Report on lock hospitals in British Burma
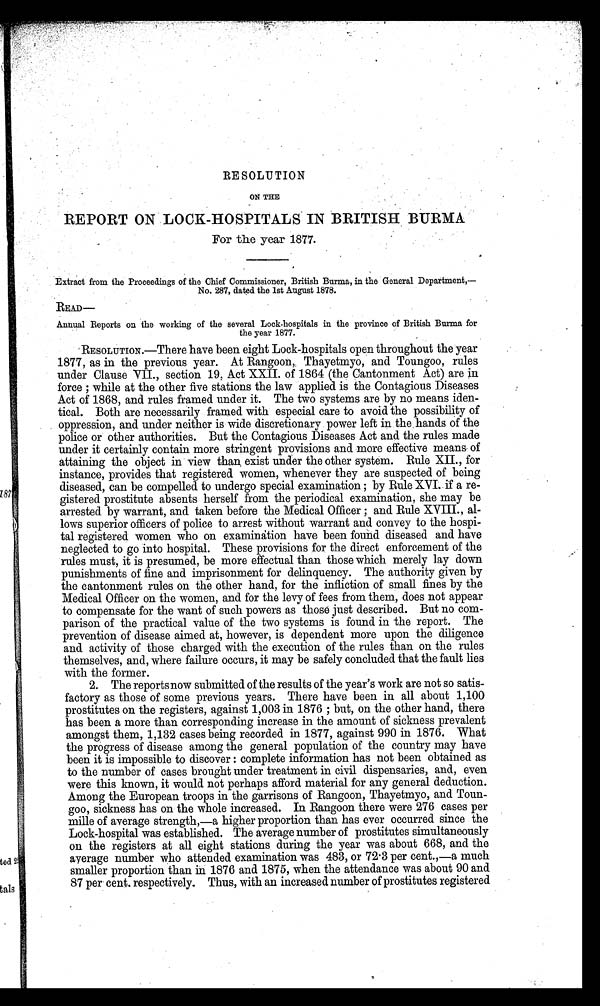
RESOLUTION
ON THE
REPORT ON LOCK-HOSPITALS IN BRITISH BURMA
For the year 1877.
Extract from the Proceedings of the Chief Commissioner, British Burma, in the General Department,—
No. 287, dated the 1st August 1878.
READ
—
Annual Reports on the working of the several Lock-hospitals in the province of British Burma for
the year 1877.
RESOLUTION.—There have been eight Lock-hospitals open throughout the year
1877, as in the previous year. At Rangoon, Thayetmyo, and Toungoo, rules
under Clause VII., section 19, Act XXII. of 1864 (the Cantonment Act) are in
force ; while at the other five stations the law applied is the Contagious Diseases
Act of 1868, and rules framed under it. The two systems are by no means iden-
tical. Both are necessarily framed with especial care to avoid the possibility of
oppression, and under neither is wide discretionary power left in the . hands of the
police or other authorities. But the Contagious Diseases Act and the rules made
under it certainly contain more stringent provisions and more effective means of
attaining the object in view than exist under the other system. Rule XII., for
instance, provides that registered women, whenever they are suspected of being
diseased, can be compelled to undergo special examination ; by Rule XVI. if a re-
gistered prostitute absents herself from the periodical examination, she may be
arrested by warrant, and taken before the Medical Officer; and Rule XVIII., al-
lows superior officers of police to arrest without warrant and convey to the hospi-
tal registered women who on examination have been found diseased and have
neglected to go into hospital. These provisions for the direct enforcement of the
rules must, it is presumed, be more effectual than those which merely lay down
punishments of fine and imprisonment for delinquency. The authority given by
the cantonment rules on the other hand, for the infliction of small fines by the
Medical Officer on the women, and for the levy of fees from them, does not appear
to compensate for the want of such powers as those just described. But no com-
parison of the practical value of the two systems is found in the report. The
prevention of disease aimed at, however, is dependent more upon the diligence
and activity of those charged with the execution of the rules than on the rules
themselves, and, where failure occurs, it may be safely concluded that the fault lies
with the former.
2. The reports now submitted of the results of the year's work are not so satis-
factory as those of some previous years. There have been in all about 1,100
prostitutes on the registers, against 1,003 in 1876 but, on the other hand, there
has been a more than corresponding increase in the amount of sickness prevalent
amongst them, 1,132 cases being recorded in 1877, against 990 in 1876. What
the progress of disease among the general population of the country may have
been it is impossible to discover : complete information has not been obtained as
to the number of cases brought under treatment in civil dispensaries, and, even
were this known, it would not perhaps afford material for any general deduction.
Among the European troops in the garrisons of Rangoon, Thayetmyo, and Toun--
goo, sickness has on the whole increased. In Rangoon there were 276 cases per
mille of average strength,—a higher proportion than has ever occurred since the
Lock-hospital was established. The average number of prostitutes simultaneously
on the registers at all eight stations during the year was about 668, and the
average number who attended examination was 483, or 72.3 per cent.,—a much
smaller proportion than in 1876 and 1875, when the attendance was about 90 and
87 per cent. respectively. Thus, with an increased number of prostitutes registered